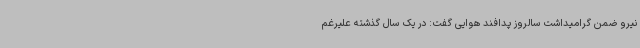
نیرو ضمن گرامیداشت سالروز پدافند هوایی گفت: در یک سال گذشته علیرغم